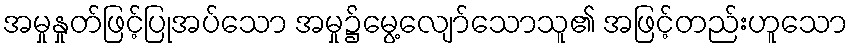
အမှုနှုတ်ဖြင့်ပြုအပ်သော အမှု၌မွေ့လျော်သောသူ၏ အဖြင့်တည်းဟူသော